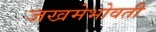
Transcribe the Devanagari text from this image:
जखमेभोवती